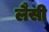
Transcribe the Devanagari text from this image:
लैसी